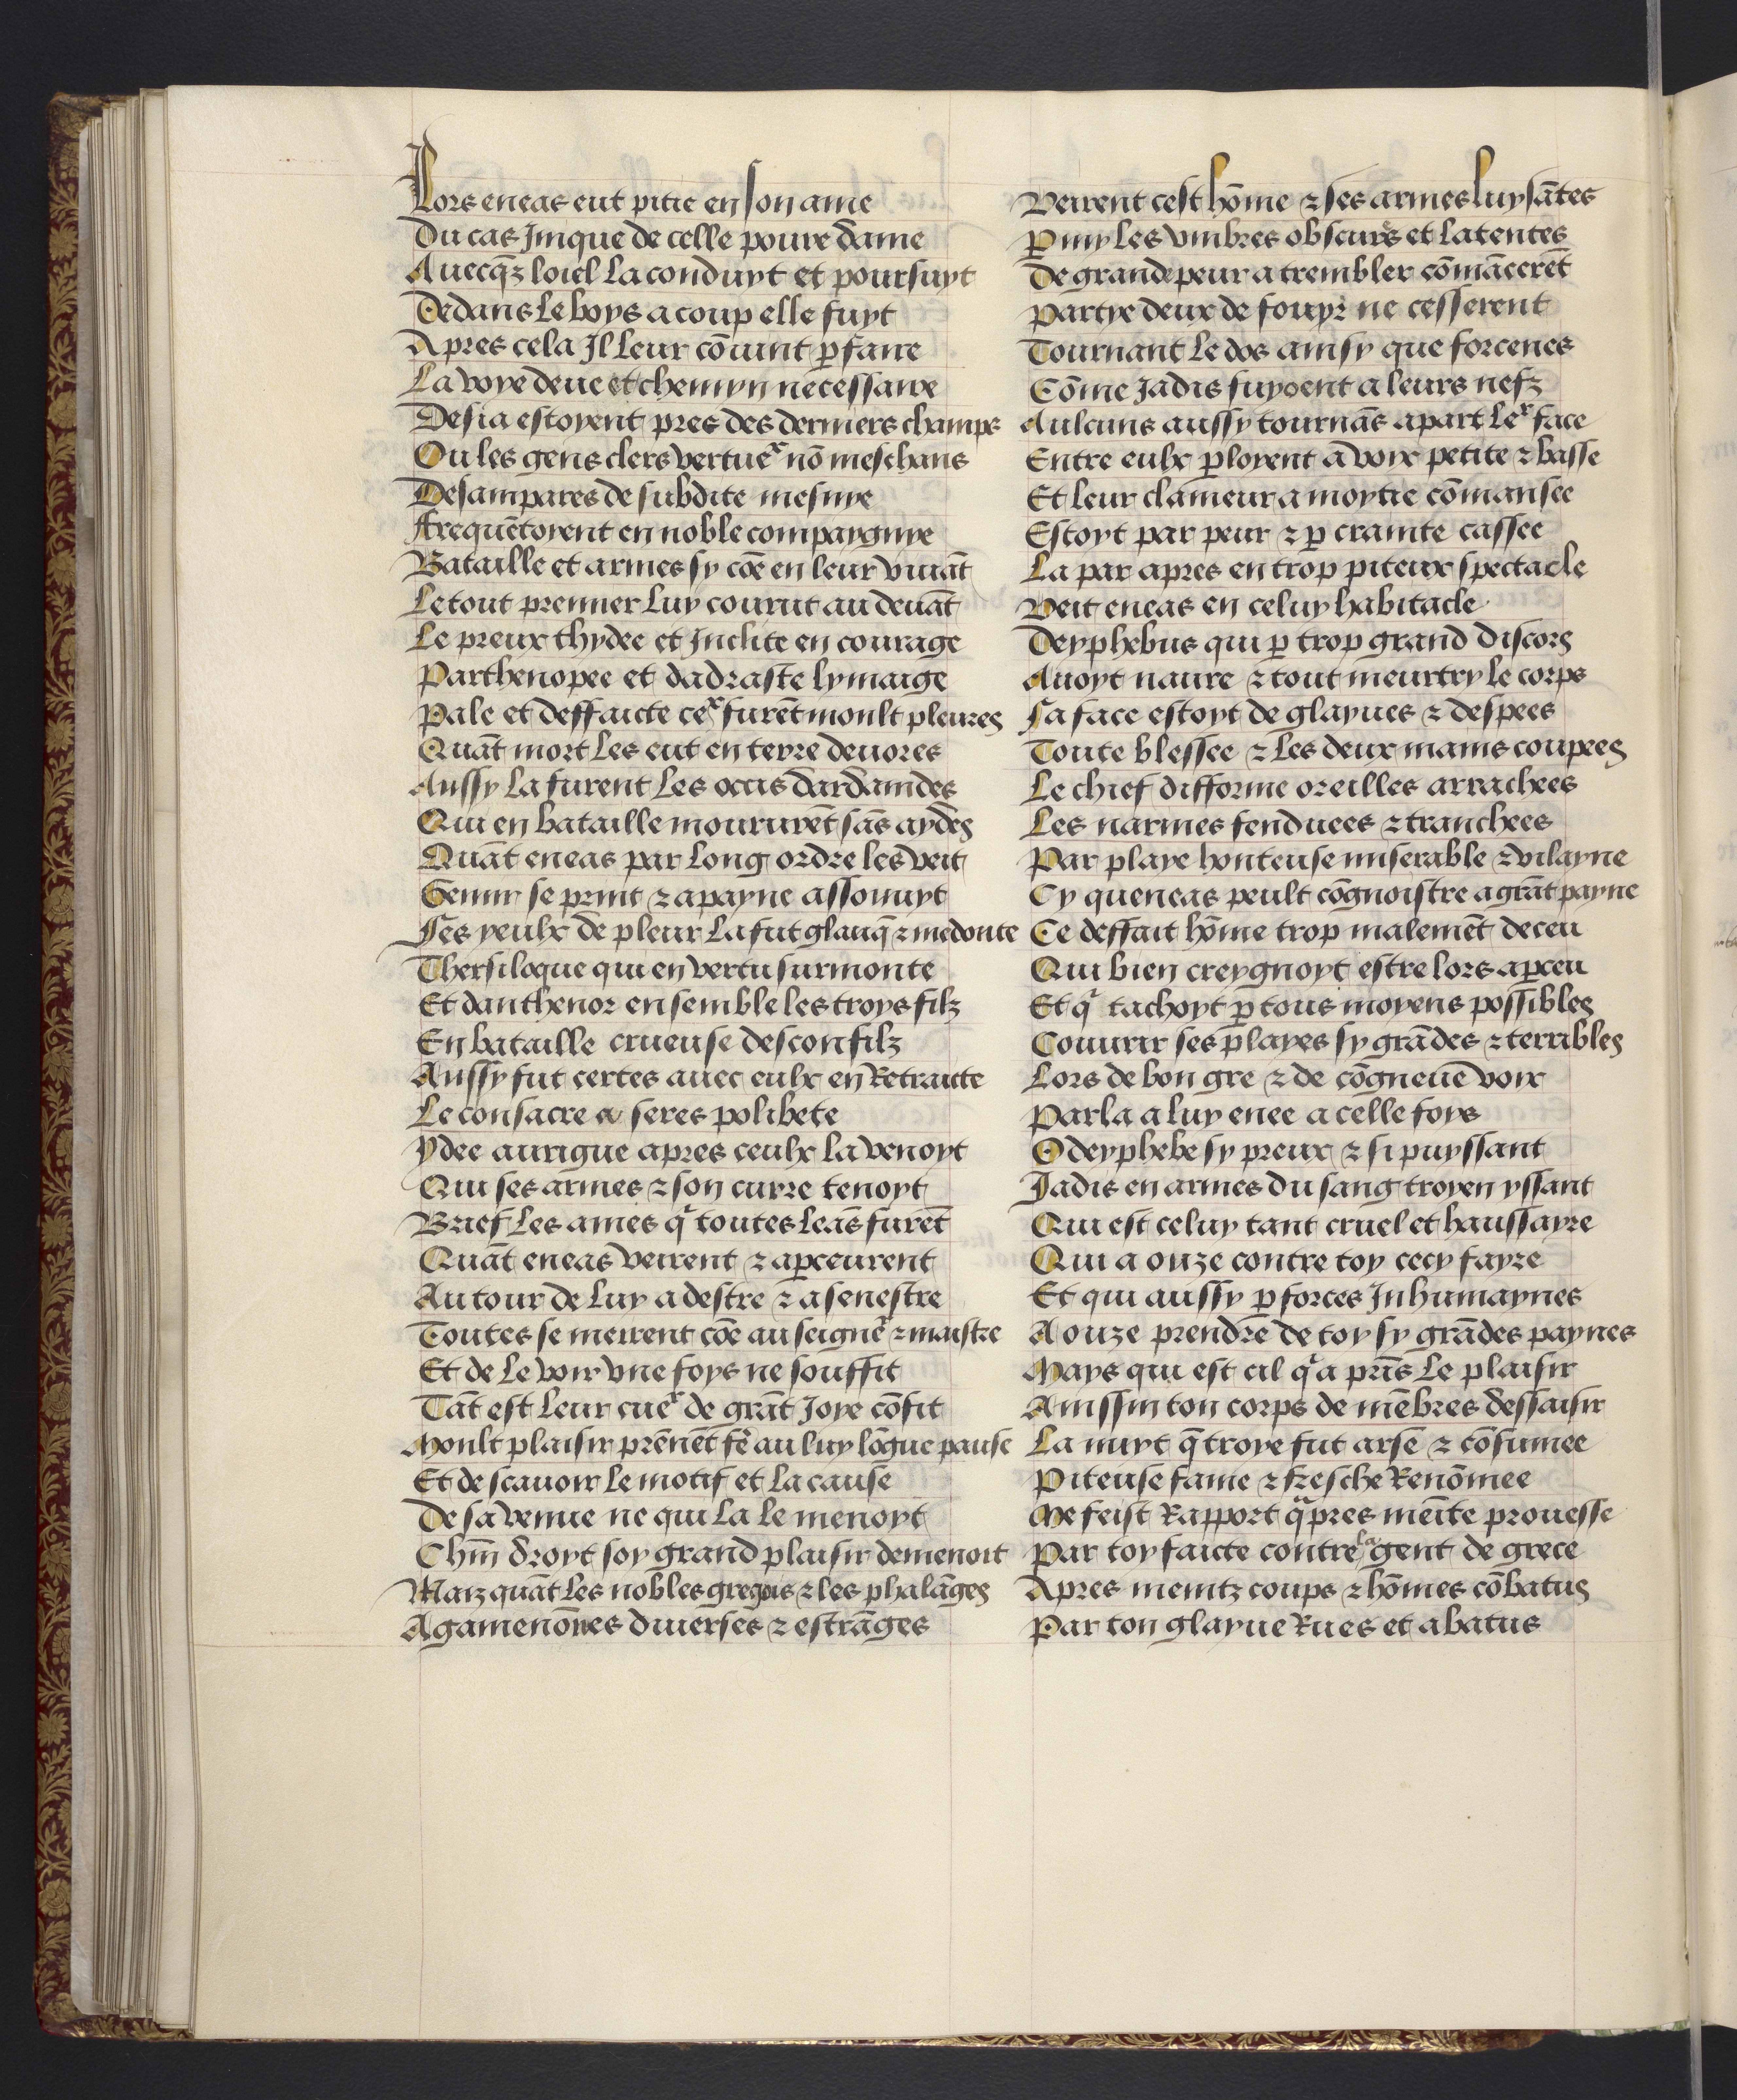
Shelfmark: Philadelphia, University of Pennsylvania, codex 909
Century: 15